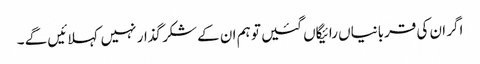
اگر ان کی قربانیاں رائیگاں گئیں تو ہم ان کے شکر گذار نہیں کہلائیں گے ۔